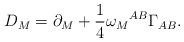
LaTeX: \begin{align*}D_{M}=\partial_{M}+\frac{1}{4}\omega_{M}{}^{AB}\Gamma_{AB}.\end{align*}